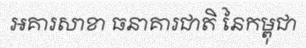
អគារសាខា ធនាគារជាតិ នៃកម្ពុជា